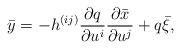
\begin{align*}\bar{y}=-h^{(ij)}\frac{\partial q}{\partial u^{i}}\frac{\partial \bar{x}}{\partial u^{j}}+q\bar{\xi}, \end{align*}